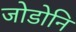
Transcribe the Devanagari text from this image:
जोडोनि